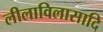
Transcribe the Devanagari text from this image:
लीलाविलासादि